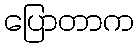
ပြောတာက